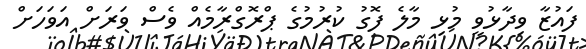
ފައުޒާ ވިދާޅުވީ މުޅި މާލެ ފޮގު ކުރުމުގެ ޕްރޮގްރާމެއް ވެސް ވަރަށް އަވަހަށް